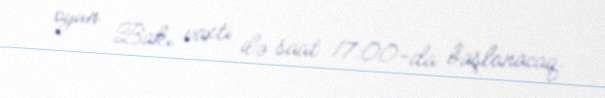
oyun Bakı vaxtı ilə saat 17:00-da başlanacaq.